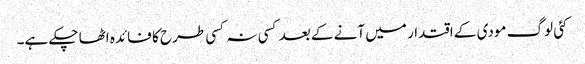
کئی لوگ مودی کے اقتدار میں آنے کے بعد کسی نہ کسی طرح کا فائدہ اٹھا چکے ہے۔